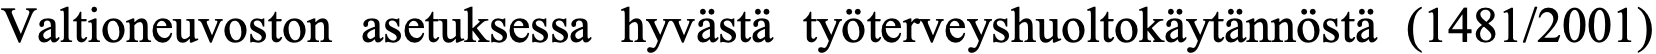
Valtioneuvoston asetuksessa hyvästä työterveyshuoltokäytännöstä (1481/2001)